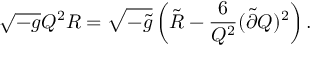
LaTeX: \sqrt { - g } Q ^ { 2 } R = \sqrt { - \tilde { g } } \left( \tilde { R } - \frac { 6 } { Q ^ { 2 } } ( \tilde { \partial } Q ) ^ { 2 } \right) .